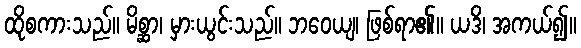
ထိုစကားသည်။ မိစ္ဆာ၊ မှားယွင်းသည်။ ဘဝေယျ၊ ဖြစ်ရာ၏။ ယဒိ၊ အကယ်၍။